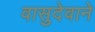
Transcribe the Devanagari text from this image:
वासुदेवाने